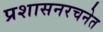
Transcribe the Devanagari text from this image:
प्रशासनरचनेत